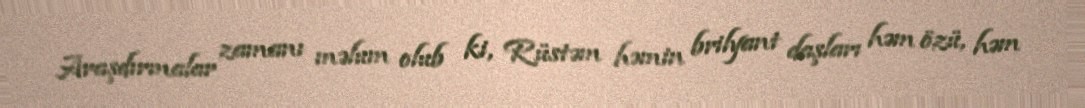
Araşdırmalar zamanı məlum olub ki, Rüstəm həmin brilyant daşları həm özü, həm